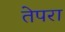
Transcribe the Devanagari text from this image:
तेपरा